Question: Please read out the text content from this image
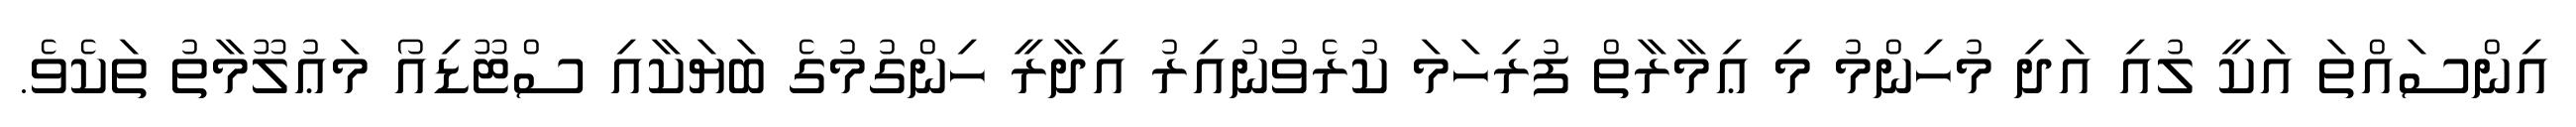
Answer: އިންސައްތަ އަކީ ލުއި އަދި މުހިންމު މި ޢިމާރާތް ފުރިހަމަ ކުރެވުނުއިރު އިދާރީ ހިންގުމުގެ ބަޔަކާއި ސްޓޫޑިއޯ މަޢުލޫމާތު ތަކެވެ.